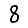
Digit: 8